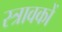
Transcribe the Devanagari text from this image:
स्त्रावकों